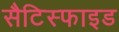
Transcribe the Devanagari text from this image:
सैटिस्फाइड